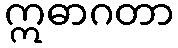
ဣဓာဂတာ